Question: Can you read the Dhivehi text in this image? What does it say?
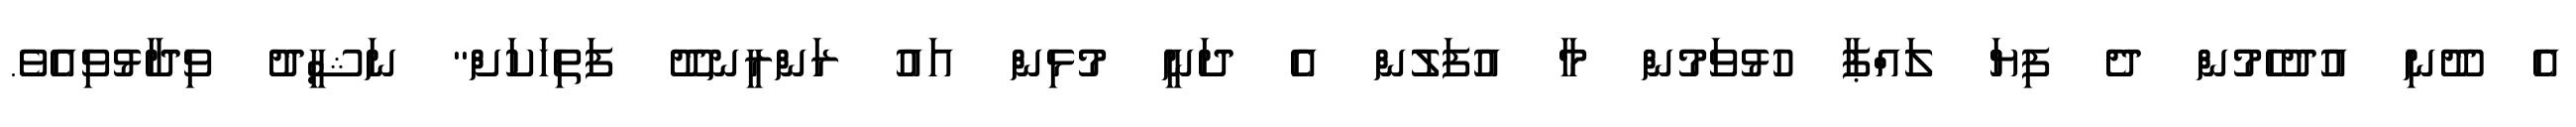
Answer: އެ ދޫނި އުދުހެމުން ދެ ފިޔަ ލައްޕާ ހުޅުވަމުން މާ އުފަލުން އެ ދަނީ މުޅިން އައު ރަންރީނދޫ ފަތިހަކަށް" ނަޝީދު ވިދާޅުވިއެވެ.